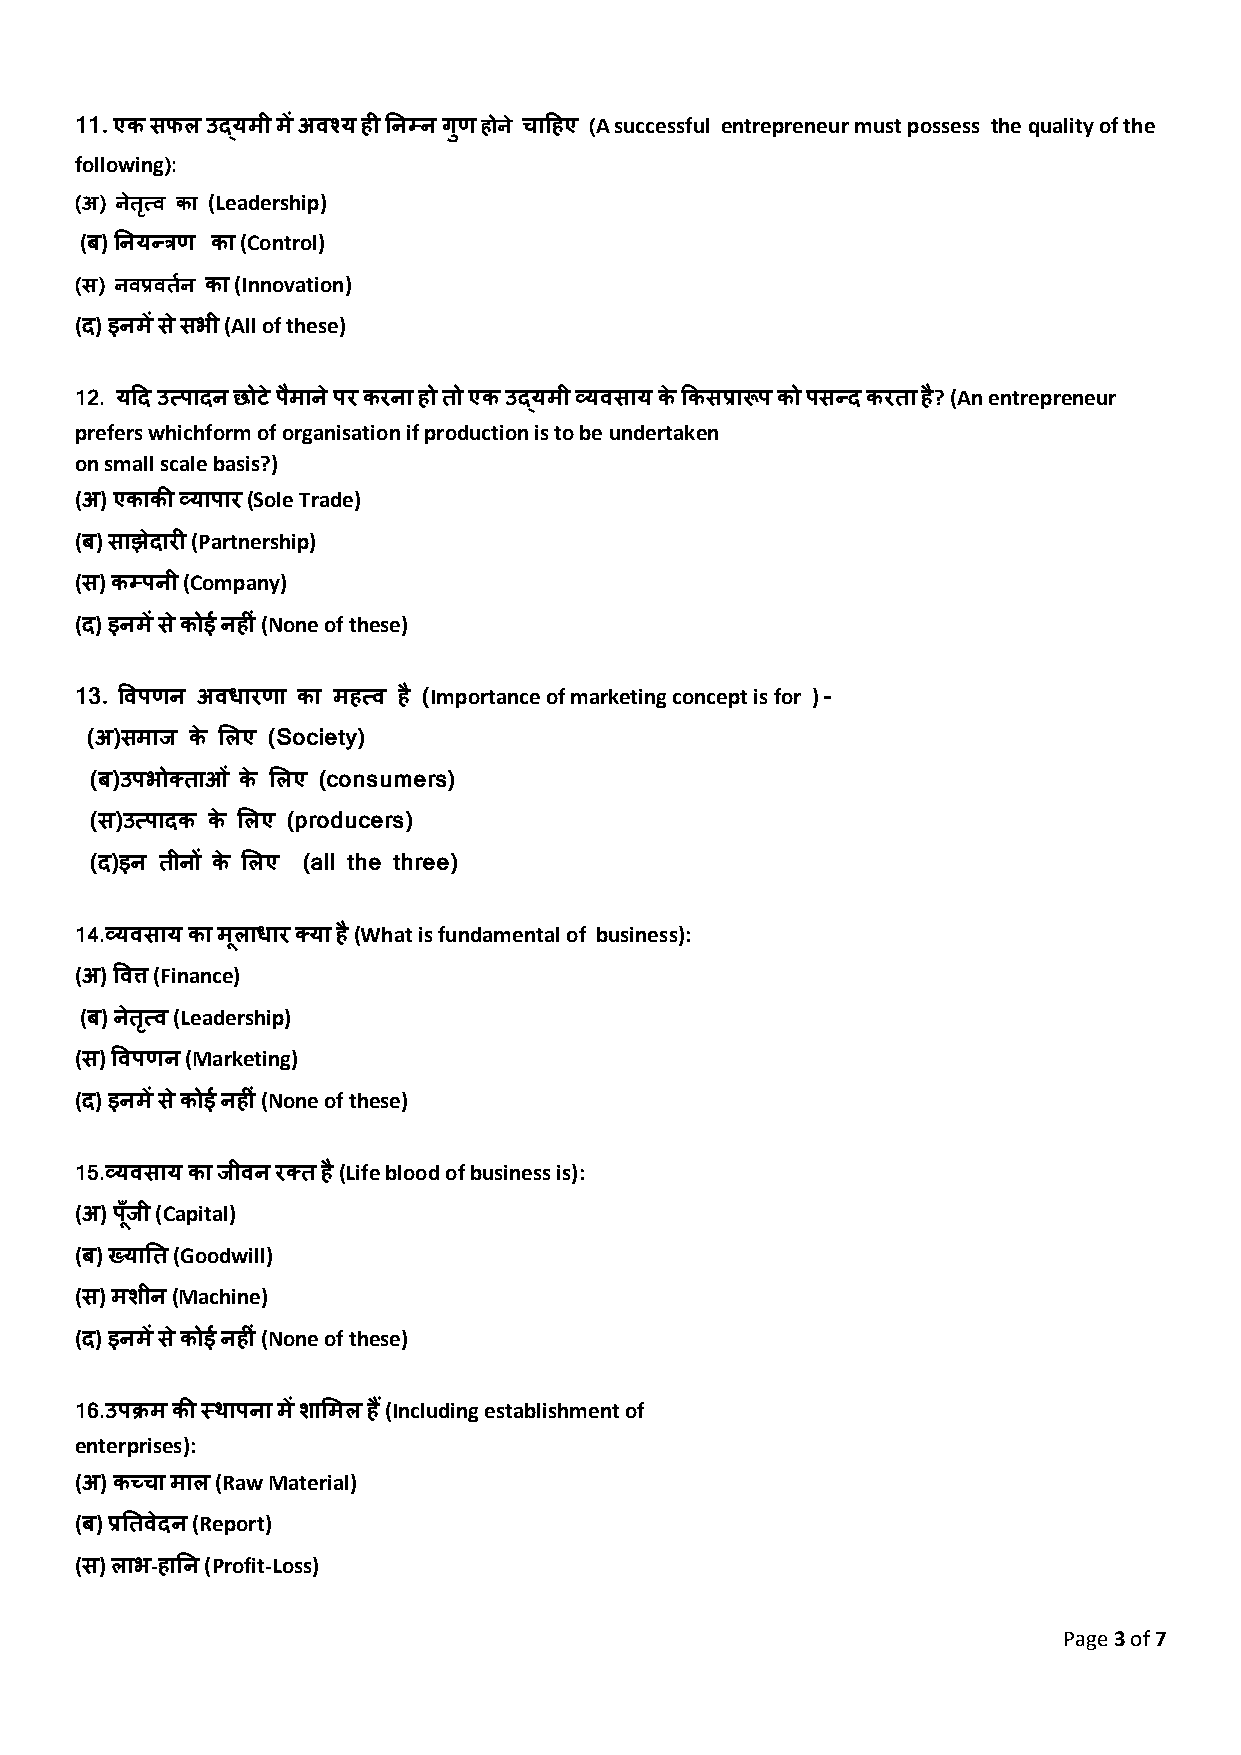
11. एक सफल उद्यमी में अवश्य ही तनम्न गणु होने चादहए (A successful entrepreneur must possess the quality of the
 following):
 (अ) नेित्ृ व का (Leadership)
 (ब) तनयन्त्रण का (Control)
 (स) नवप्रविनश का (Innovation)
 (द) इनमें स ेसभी (All of these)
 12. यदद उत्पादन छोटे पमै ाने पर करना हो िो एक उद्यमी व्यवसाय के ककसप्रारूप को पसन्द करिा है? (An entrepreneur
 prefers whichform of organisation if production is to be undertaken
 on small scale basis?)
 (अ) एकाकी व्यापार (Sole Trade)
 (ब) साझेदारी (Partnership)
 (स) कम्पनी (Company)
 (द) इनमें स ेकोई नहीं (None of these)
 13. ववपणन अवधारणा का महत्व है (Importance of marketing concept is for ) -
 (अ)समाि के शलए (Society)
 (ब)उपभोतिाओ ं के शलए (consumers)
 (स)उत्पादक के शलए (producers)
 (द)इन िीनों के शलए (all the three)
 14.व्यवसाय का मलू ाधार तया है (What is fundamental of business):
 (अ) ववत्त (Finance)
 (ब) नेित्ृ व (Leadership)
 (स) ववपणन (Marketing)
 (द) इनमें स ेकोई नहीं (None of these)
 15.व्यवसाय का िीवन रति है (Life blood of business is):
 (अ) पाँिू ी (Capital)
 (ब) ख्याति (Goodwill)
 (स) मशीन (Machine)
 (द) इनमें स ेकोई नहीं (None of these)
 16.उपिम की स्थापना में शाशमल ह ैं(Including establishment of
 enterprises):
 (अ) कच्चा माल (Raw Material)
 (ब) प्रतिवेदन (Report)
 (स) लाभ-हातन (Profit-Loss)
 Page 3 of 7